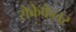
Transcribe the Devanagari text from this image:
रोकेफेलर